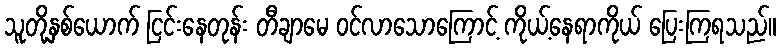
သူတို့နှစ်ယောက် ငြင်းနေတုန်း တီချာမေ ဝင်လာသောကြောင့် ကိုယ့်နေရာကိုယ် ပြေးကြရသည်။